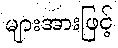
များအားဖြင့်